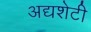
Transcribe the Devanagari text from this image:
अद्यशेटी